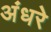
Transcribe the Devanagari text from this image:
अंधरे